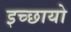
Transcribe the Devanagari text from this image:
इच्छायो